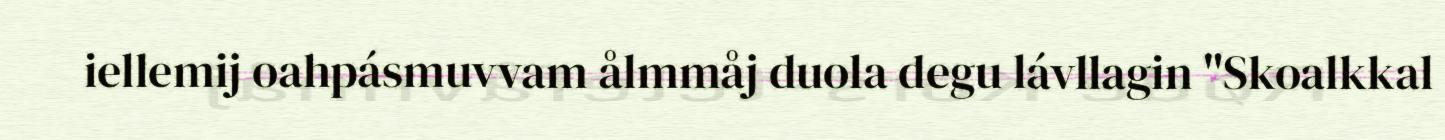
iellemij oahpásmuvvam ålmmåj duola degu lávllagin "Skoalkkal